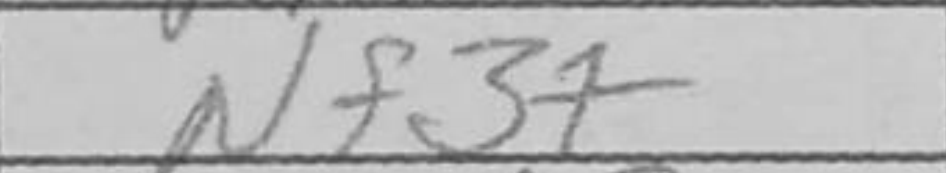
Transcription: Nf3+